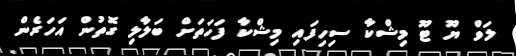
ލަވް ޔޫ ޓޫ މިޝްކާ ސިހިފައި މިޝްކާ ފަހަތަށް ބަލާލި ގޮތުން އަހަރެން